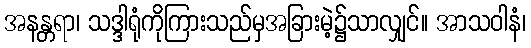
အနန္တရာ၊ သဒ္ဒါရုံကိုကြားသည်မှအခြားမဲ့၌သာလျှင်။ အာသဝါနံ၊